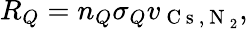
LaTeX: R_{Q}=n_{Q}\sigma_{Q}v_{\mathrm{~C~s~,~N~}_{2}},